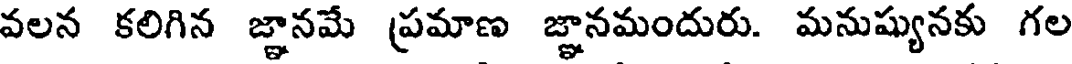
వలన కలిగిన జ్ఞానమే ప్రమాణ జ్ఞానమందురు. మనుష్యునకు గల